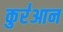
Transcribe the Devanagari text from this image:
कुर॑आन